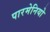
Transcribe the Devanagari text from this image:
पारमेनियो